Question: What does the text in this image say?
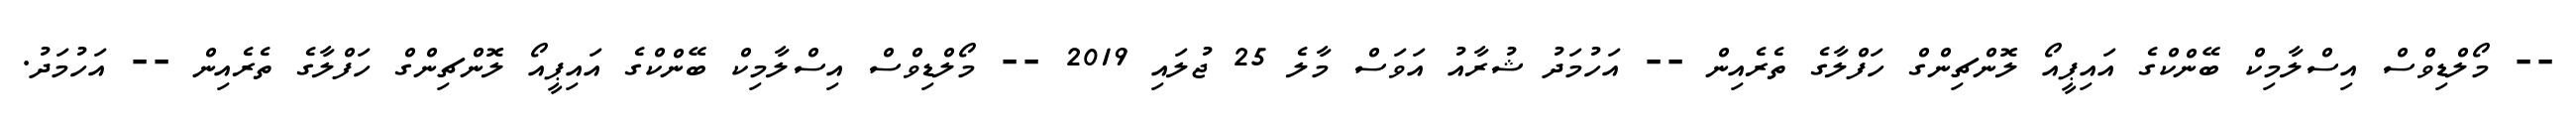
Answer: -- މޯލްޑިވްސް އިސްލާމިކް ބޭންކްގެ އައިޕީއޯ ލޮންޗިންގް ހަފްލާގެ ތެރެއިން -- އަހުމަދު ޝުރާއު އަވަސް މާލެ 25 ޖުލައި 2019 -- މޯލްޑިވްސް އިސްލާމިކް ބޭންކްގެ އައިޕީއޯ ލޮންޗިންގް ހަފްލާގެ ތެރެއިން -- އަހުމަދު.